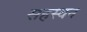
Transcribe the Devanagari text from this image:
सहस्वन